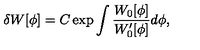
\delta W [ \phi ] = C \exp \int \frac { W _ { 0 } [ \phi ] } { W _ { 0 } ^ { \prime } [ \phi ] } d \phi ,